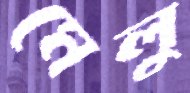
মেলু